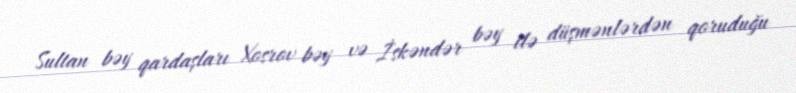
Sultan bəy qardaşları Xosrov bəy və İskəndər bəy ilə düşmənlərdən qoruduğu